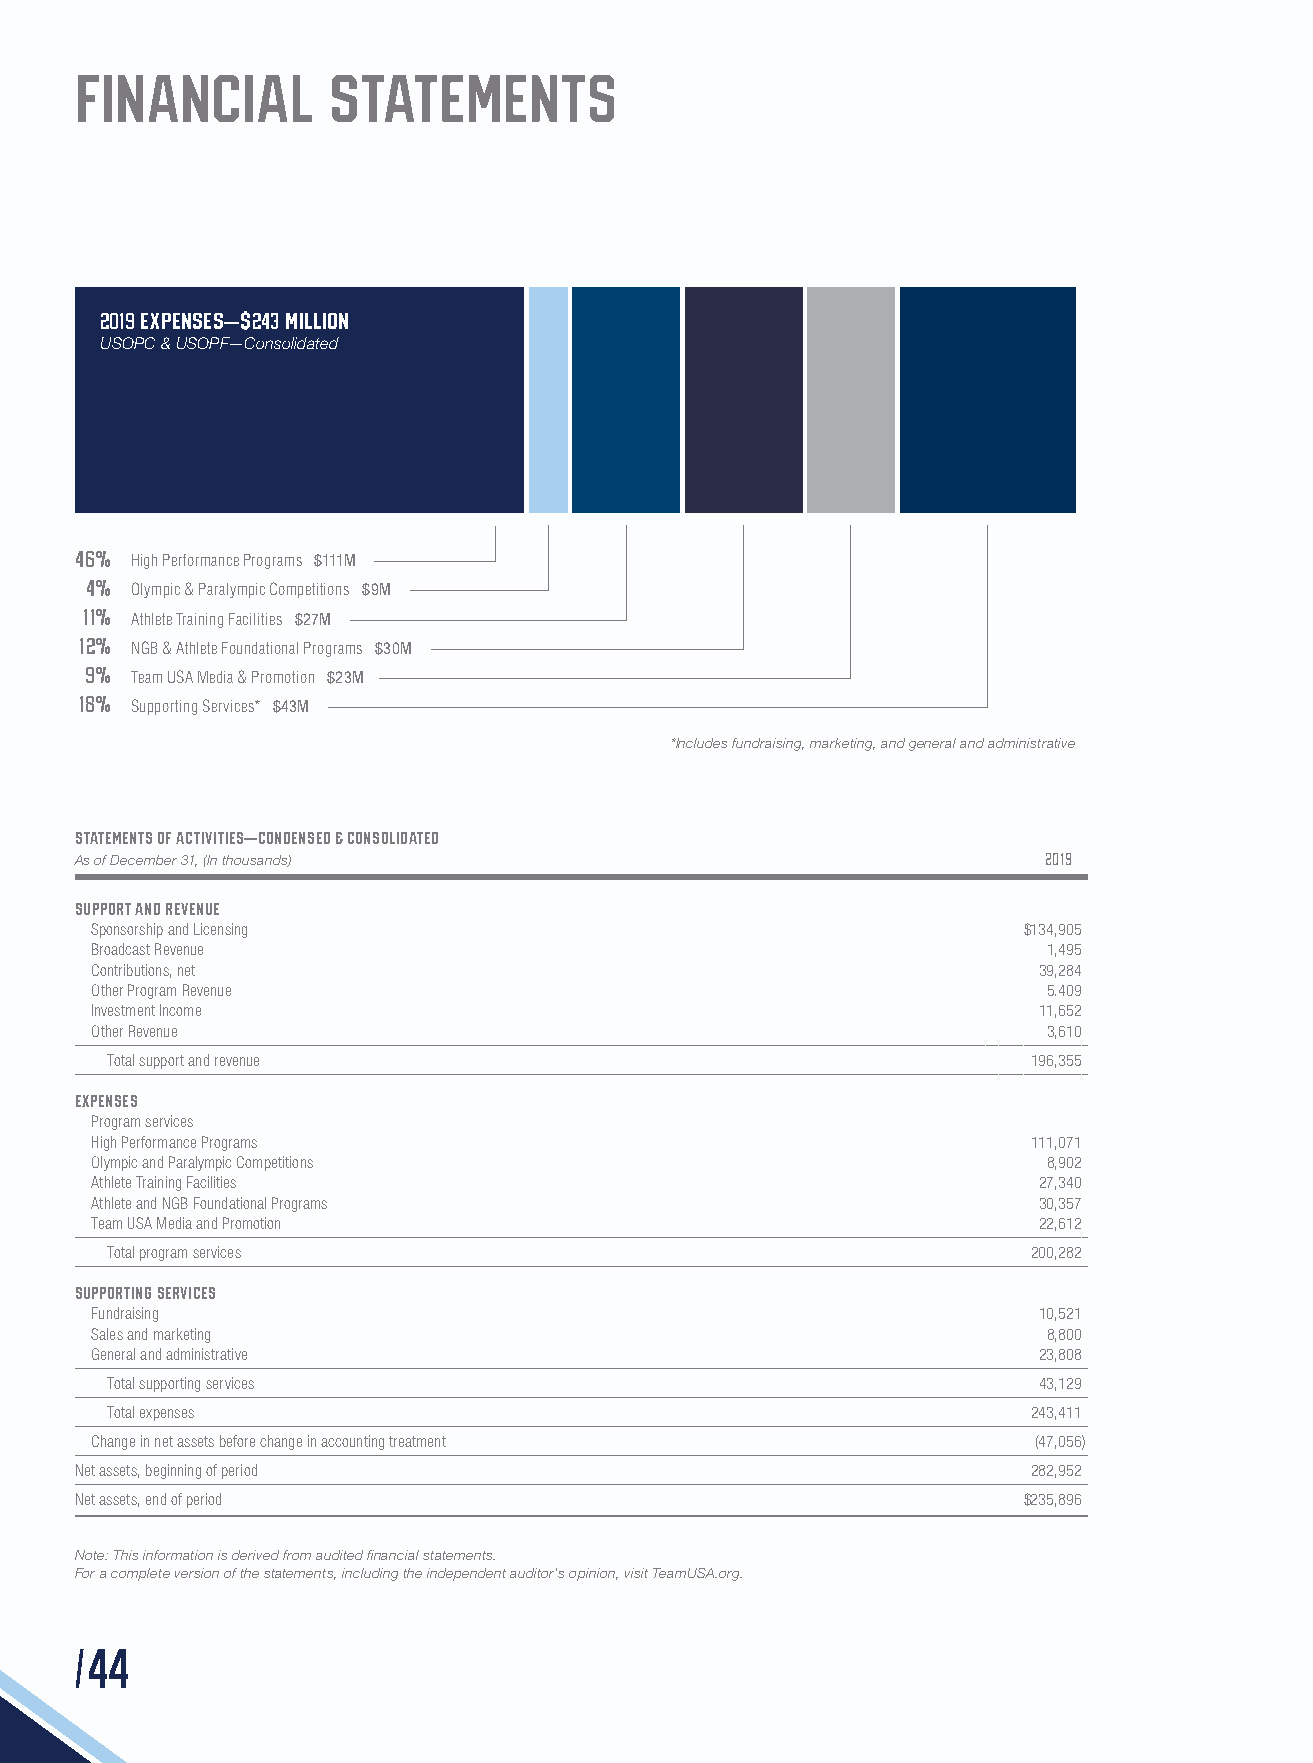
FINANCIAL        STATEMENTS
 2019 Expenses—$243 Million
 USOPC & USOPF—Consolidated
 46%
 High Performance Programs $111M
 4%
 Olympic & Paralympic Competitions $9M
 11%
 Athlete Training Facilities $27M
 12%
 NGB & Athlete Foundational Programs $30M
 9%
 Team USA Media & Promotion $23M
 18%
 Supporting Services* $43M
 *Includes fundraising, marketing, and general and administrative
 Statements of activities—Condensed & Consolidated
 As of December 31, (In thousands)                               2019
 Support and revenue
 Sponsorship and Licensing                                     $134,905
 Broadcast Revenue                                              1,495
 Contributions, net                                             39,284
 Other Program Revenue                                          5.409
 Investment Income                                              11,652
 Other Revenue                                                  3,610
 Total support and revenue                                    196,355
 EXPENSES
 Program services
 High Performance Programs                                     111,071
 Olympic and Paralympic Competitions                            8,902
 Athlete Training Facilities                                    27,340
 Athlete and NGB Foundational Programs                          30,357
 Team USA Media and Promotion                                   22,612
 Total program services                                       200,282
 Supporting SERVICES
 Fundraising                                                    10,521
 Sales and marketing                                            8,800
 General and administrative                                     23,808
 Total supporting services                                     43,129
 Total expenses                                               243,411
 Change in net assets before change in accounting treatment     (47,056)
 Net assets, beginning of period                                282,952
 Net assets, end of period                                      $235,896
 Note: This information is derived from audited financial statements.
 For a complete version of the statements, including the independent auditor’s opinion, visit TeamUSA.org.
 /44